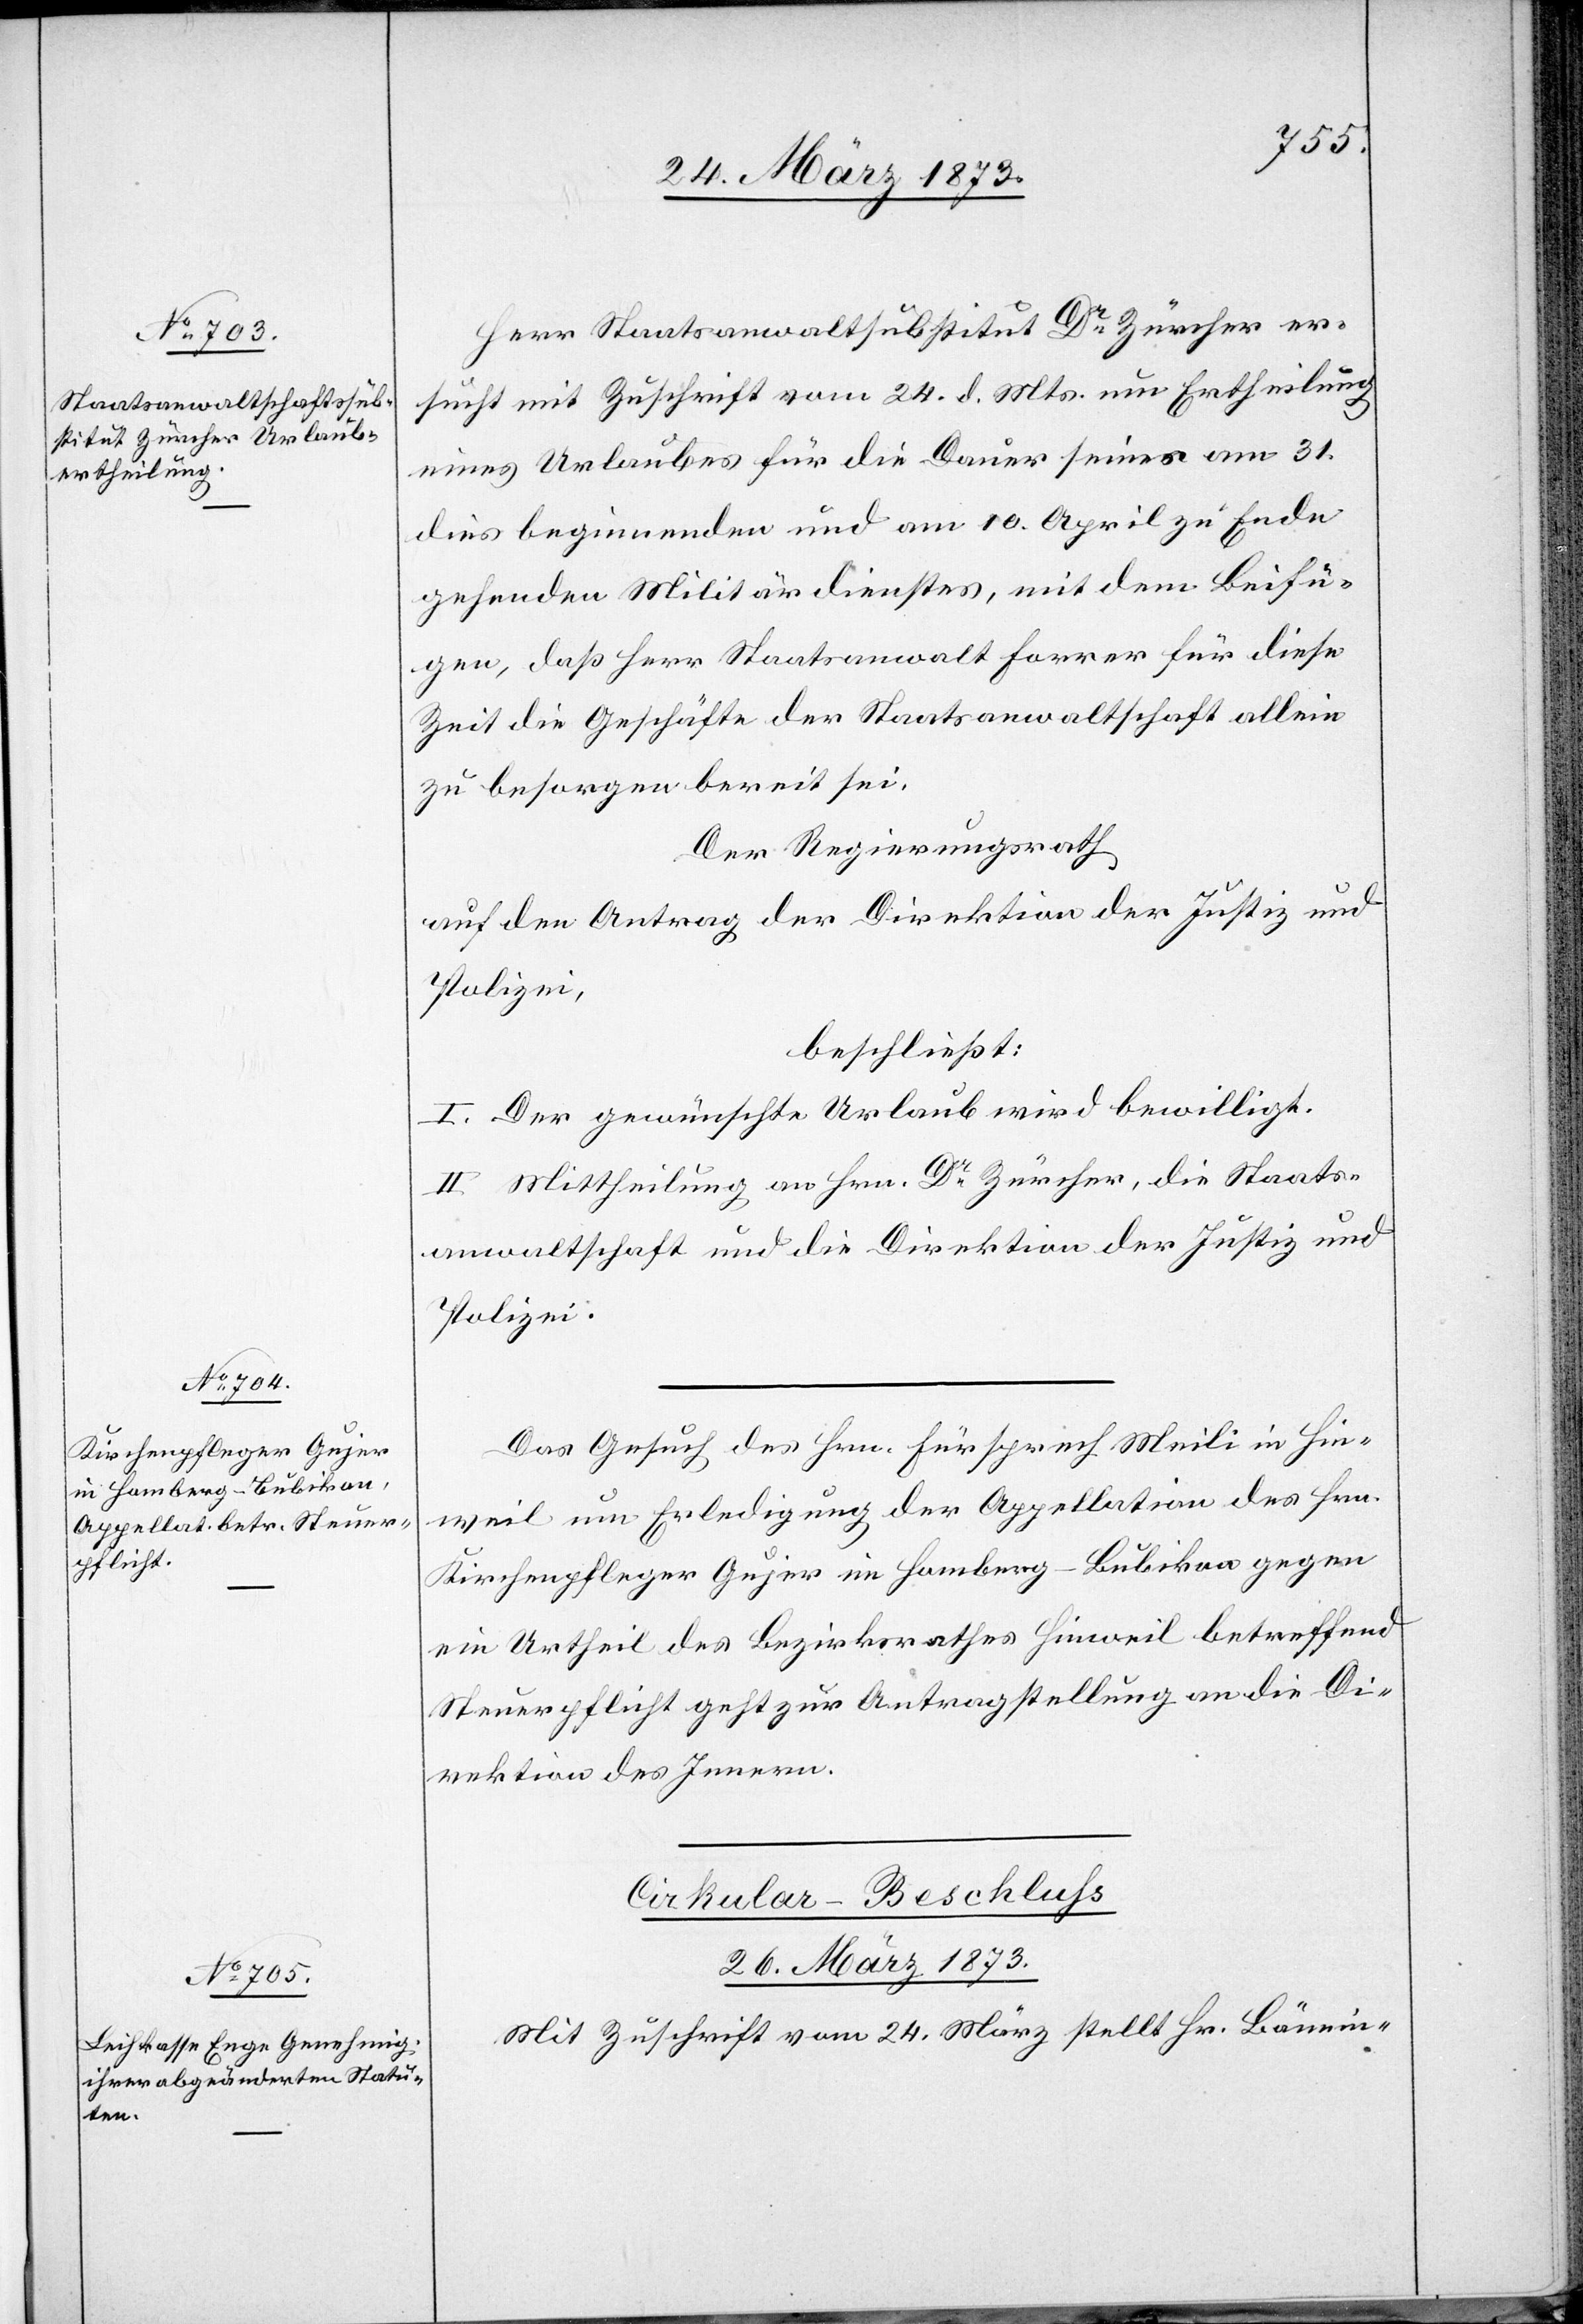
Herr Staatsanwaltssubstitut Dr Zürcher er¬
sucht mit Zuschrift vom 24. d. Mts. um Ertheilung
eines Urlaubes für die Dauer seiner am 31.
dies beginnenden und am 10. April zu Ende
gehenden Militärdienstes, mit dem Beifü¬
gen, daß Herr Staatsanwalt Forrer für diese
Zeit die Geschäfte der Staatsanwaltschaft allein
zu besorgen bereit sei.
Der Regierungsrath
auf den Antrag der Direktion der Justiz und
Polizei,
beschließt:
I. Der gewünschte Urlaub wird bewilligt.
II. Mittheilung an Hrn. Dr Zürcher, die Staats¬
anwaltschaft und die Direktion der Justiz und
Polizei.
Das Gesuch des Hrn. Fürsprech Meili in Hin¬
weil um Erledigung der Appellation des Hrn.
Kirchenpfleger Gujer in Homberg-Bubikon gegen
ein Urtheil des Bezirksrathes Hinweil betreffend
Steuerpflicht geht zur Antragstellung an die Di¬
rektion des Innern.
26. März 1873.
Mit Zuschrift vom 24. März stellt Hr. Bännin-